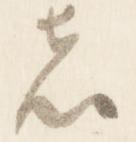
者